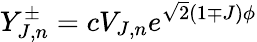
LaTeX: Y_{J,n}^{\pm}=cV_{J,n}e^{\sqrt{2}(1\mp J)\phi}